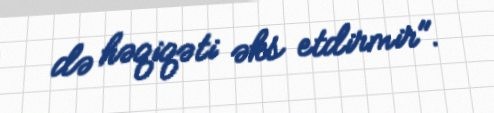
də həqiqəti əks etdirmir".